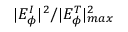
| E _ { \phi } ^ { I } | ^ { 2 } / | E _ { \phi } ^ { T } | _ { m a x } ^ { 2 }